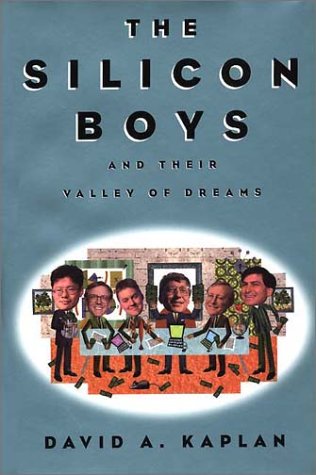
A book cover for The Silicon Boys: And Their Valley of Dreams; David A. Kaplan; Computers & Technology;